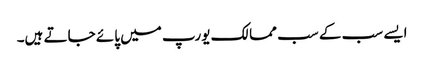
ایسے سب کے سب ممالک یورپ میں پائے جاتے ہیں۔